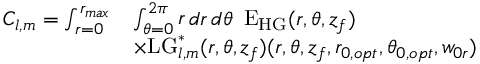
\begin{array} { r l } { C _ { l , m } = \int _ { r = 0 } ^ { r _ { m a x } } } & { \int _ { \theta = 0 } ^ { 2 \pi } \mathop { r } \mathop { d r } \mathop { d \theta } ~ \mathrm { E } _ { \mathrm { H G } } ( r , \theta , z _ { f } ) } \\ & { \times \mathrm { L G } _ { l , m } ^ { * } ( r , \theta , z _ { f } ) ( r , \theta , z _ { f } , r _ { 0 , o p t } , \theta _ { 0 , o p t } , w _ { 0 r } ) } \end{array}